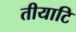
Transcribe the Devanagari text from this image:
तीयाटि